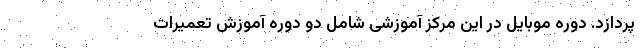
پردازد. دوره موبایل در این مرکز آموزشی شامل دو دوره آموزش تعمیرات